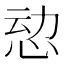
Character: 𮲄